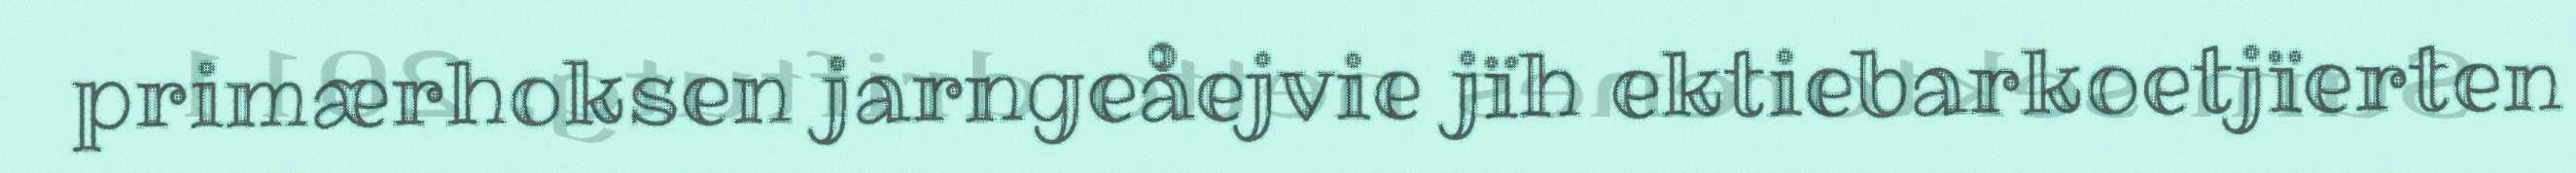
primærhoksen jarngeåejvie jïh ektiebarkoetjïerten